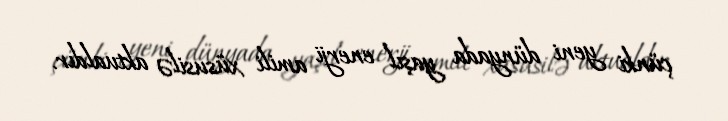
çünki yeni dünyada yaşıl enerji amili xüsusilə aktualdır.